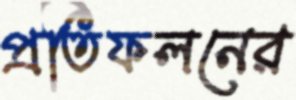
প্রতিফলনের